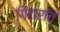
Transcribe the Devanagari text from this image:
गिटारांचे